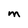
Character: M